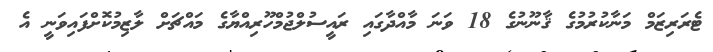
ޓެރަރިޒަމް މަނާކުރުމުގެ ޤާނޫނުގެ 18 ވަނަ މާއްދާގައި ރައީސުލްޖުމްހޫރިއްޔާގެ މައްޗަށް ލާޒިމުކޮށްފައިވަނީ އެ